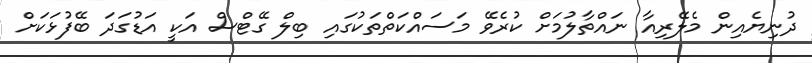
ދުނިޔެއިން މެލޭރިއާ ނައްތާލުމަށް ކުރެވޭ މަސައްކަތްތަކުގައި ބިލް ގޭޓްސް އަކީ އަޑުގަދަ ބޭފުޅަކަށް